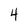
Character: 4